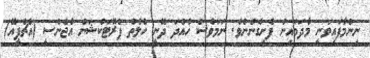
ނިންމާފައިވަނީ މާދަމައިން ފެށިގެންނެވެ. ނަމަވެސް ހުއްދަ ދޭނީ ހެލްތް ޕްރޮޓަކްޝަން އެޖެންސީ (އެޗްޕީއޭ)